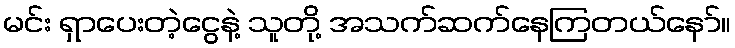
မင်း ရှာပေးတဲ့ငွေနဲ့ သူတို့ အသက်ဆက်နေကြတယ်နော်။